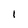
Character: 1